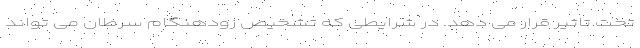
تحت تاثیر قرار می دهد. در شرایطی که تشخیص زودهنگام سرطان می تواند